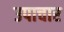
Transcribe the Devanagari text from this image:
उपाचार